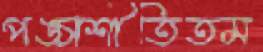
পঙ্চাশীতিতম